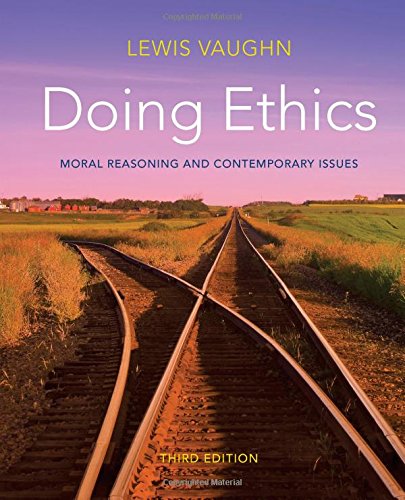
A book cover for Doing Ethics: Moral Reasoning and Contemporary Issues (Third Edition); Lewis Vaughn; Politics & Social Sciences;